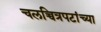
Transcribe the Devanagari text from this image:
चलच्चित्रपटांच्या